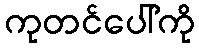
ကုတင်ပေါ်ကို